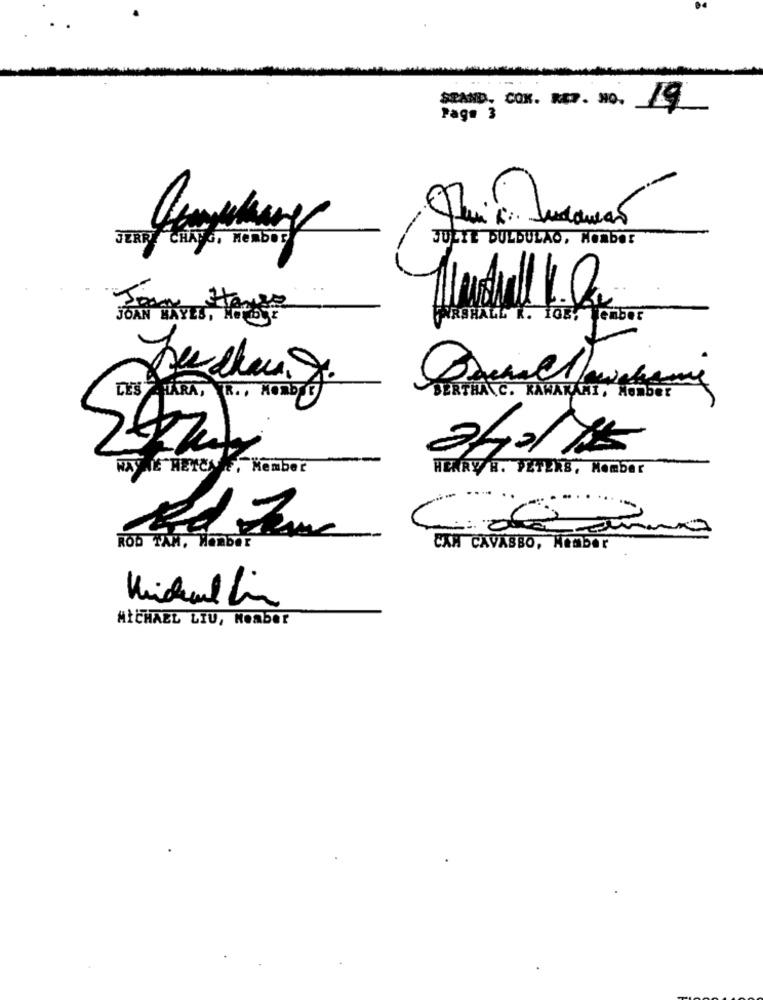
SEAND. COM. REP. No. 19
Page 3
JERRY CHAT G.
JULIE BULDULAO, Member
JOAN SKYES . TABLES
WIRSHALL K. 108: Kember
LES HARA, R. , NORDOG
BERTHA C. KAWAKÁNI, Member
2/165
WAYNE HETCARE, Member
HENRY B. PETERS, Nomber
Cidaão
ROD TAM, Member
CXM CAVASBO, Member
MICHAEL LIU, Member